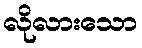
လိုလားသော